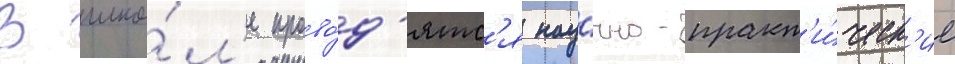
В шко́л'е прово́д'ятс'я нау́чно-практ'и́ческ'ие